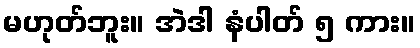
မဟုတ်ဘူး။ အဲဒါ နံပါတ် ၅ ကား။